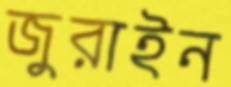
জুরাইন